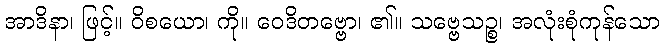
အာဒိနာ၊ ဖြင့်။ ဝိစယော၊ ကို။ ဝေဒိတဗ္ဗော၊ ၏။ သဗ္ဗေသဉ္စ၊ အလုံးစုံကုန်သော